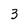
Character: 3